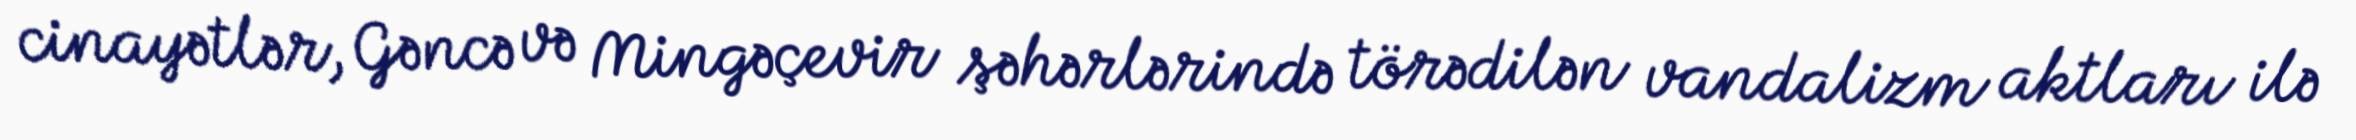
cinayətlər, Gəncə və Mingəçevir şəhərlərində törədilən vandalizm aktları ilə